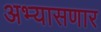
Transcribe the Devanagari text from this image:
अभ्यासणार